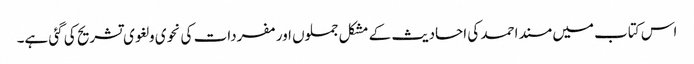
اس کتاب میں مسند احمد کی احادیث کے مشکل جملوں اور مفردات کی نحوی و لغوی تشریح کی گئی ہے۔